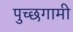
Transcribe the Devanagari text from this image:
पुच्छगामी